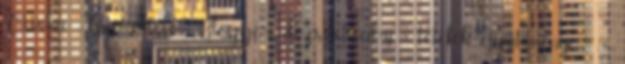
Ciiska. Üzemeltető: Blogger. dezs.extra.hu - tételek gyűjteménye - 6.